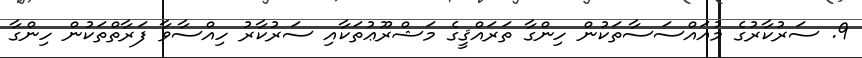
9. ސަރުކާރުގެ މުއައްސަސާތަކުން ހިންގާ ތަރައްޤީގެ މަޝްރޫޢުތަކާއި ސަރުކާރު ހިއްސާވާ ފަރާތްތަކުން ހިންގާ